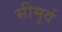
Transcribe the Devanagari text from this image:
सीमुर्व